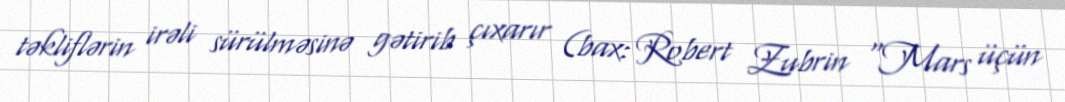
təkliflərin irəli sürülməsinə gətirib çıxarır (bax: Robert Zubrin "Mars üçün